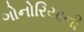
ગોનોરિયાની